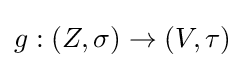
g:(Z,\sigma )\to (V,\tau )